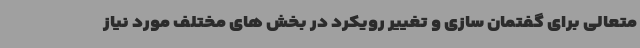
متعالی برای گفتمان سازی و تغییر رویکرد در بخش های مختلف مورد نیاز